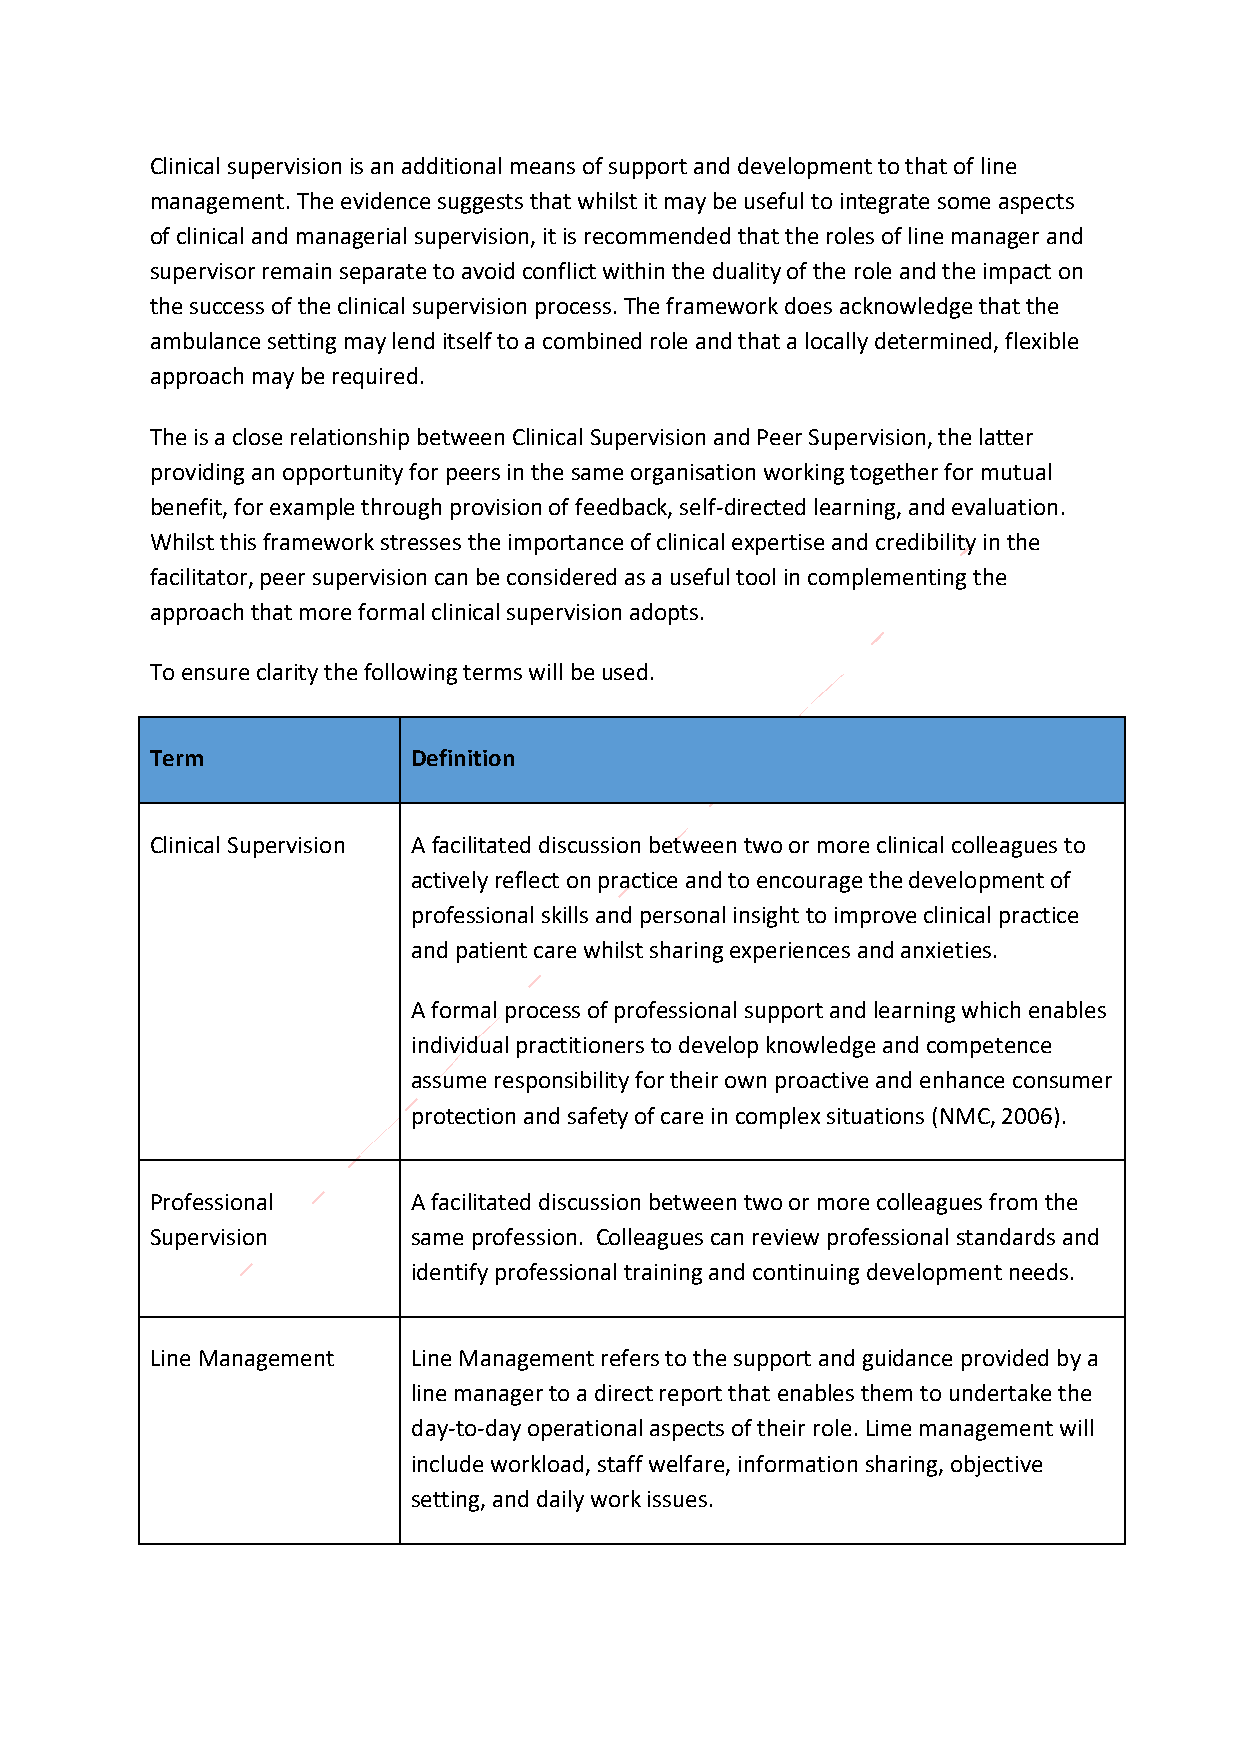
Clinical supervision is an additional means of support and development to that of line
 management. The evidence suggests that whilst it may be useful to integrate some aspects
 of clinical and managerial supervision, it is recommended that the roles of line manager and
 supervisor remain separate to avoid conflict within the duality of the role and the impact on
 the success of the clinical supervision process. The framework does acknowledge that the
 ambulance setting may lend itself to a combined role and that a locally determined, flexible
 approach may be required.
 The is a close relationship between Clinical Supervision and Peer Supervision, the latter
 providing an opportunity for peers in the same organisation working together for mutual
 benefit, for example through provision of feedback, self-directed learning, and evaluation.
 Whilst this framework stresses the importance of clinical expertise and credibility in the
 facilitator, peer supervision can be considered as a useful tool in complementing the
 approach that more formal clinical supervision adopts.
 To ensure clarity the following terms will be used.
 Term             Definition
 Clinical Supervision A facilitated discussion between two or more clinical colleagues to
 actively reflect on practice and to encourage the development of
 professional skills and personal insight to improve clinical practice
 and patient care whilst sharing experiences and anxieties.
 A formal process of professional support and learning which enables
 individual practitioners to develop knowledge and competence
 assume responsibility for their own proactive and enhance consumer
 protection and safety of care in complex situations (NMC, 2006).
 Professional     A facilitated discussion between two or more colleagues from the
 Supervision      same profession. Colleagues can review professional standards and
 identify professional training and continuing development needs.
 Line Management  Line Management refers to the support and guidance provided by a
 line manager to a direct report that enables them to undertake the
 day-to-day operational aspects of their role. Lime management will
 include workload, staff welfare, information sharing, objective
 setting, and daily work issues.